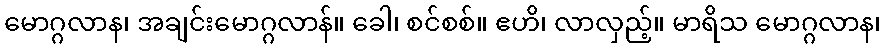
မောဂ္ဂလာန၊ အချင်းမောဂ္ဂလာန်။ ခေါ၊ စင်စစ်။ ဧဟိ၊ လာလှည့်။ မာရိသ မောဂ္ဂလာန၊